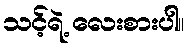
သင့်ရဲ့ လေးစားပါ။